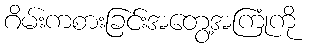
ဂိမ်းကစားခြင်းအတွေ့အကြုံကို